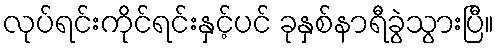
လုပ်ရင်းကိုင်ရင်းနှင့်ပင် ခုနှစ်နာရီခွဲသွားပြီ။